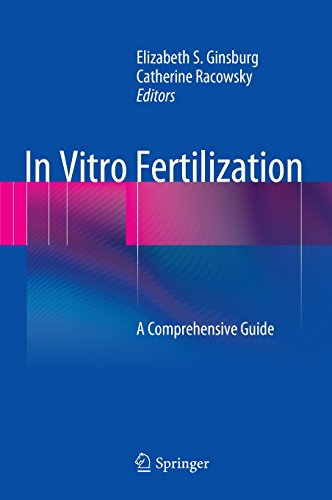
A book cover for In Vitro Fertilization: A Comprehensive Guide; Health, Fitness & Dieting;